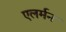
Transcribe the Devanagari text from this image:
एलर्मन